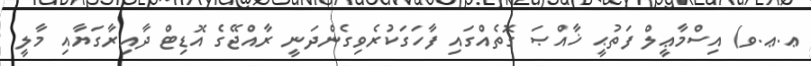
ޢ.ޢ.ވ) އިސްމާޢީލް ފަތުޙީ ޚާއްޞަ ގޮތެއްގައި ފާހަގަކުރެވިގެންދަނީ ރާއްޖޭގެ އޮޑިޓް ދާއިރާގަޔާއި މާލީ